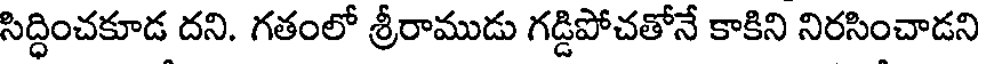
సిద్ధించకూడ దని. గతంలో శ్రీరాముడు గడ్డిపోచతోనే కాకిని నిరసించాడని